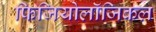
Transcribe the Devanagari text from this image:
फिजियोलॉजिकल